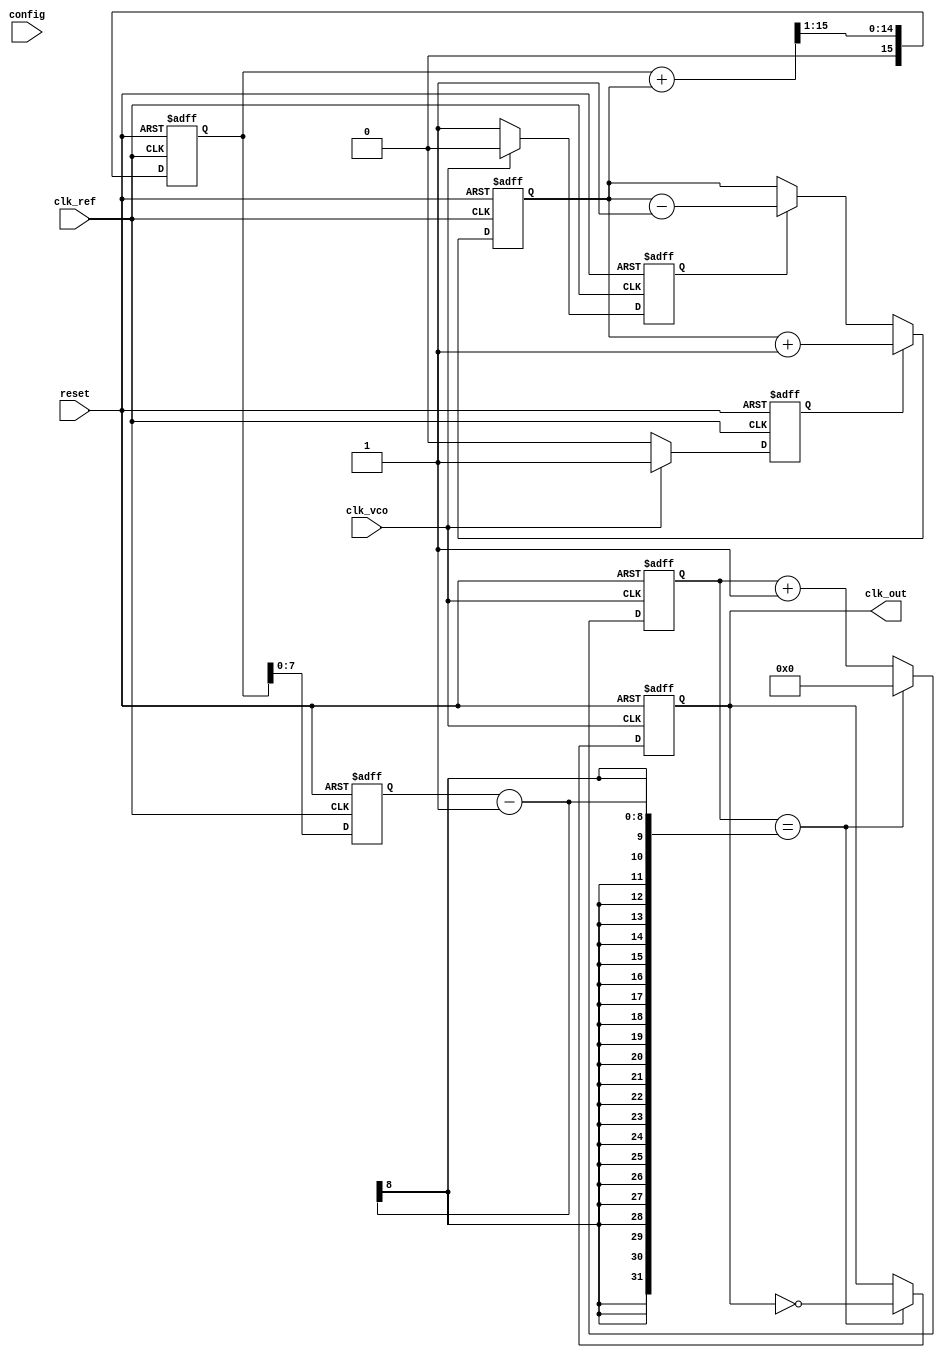
module adpll (
    input wire clk_ref,        // Reference clock
    input wire clk_vco,        // VCO output clock
    input wire reset,          // Reset signal
    input wire [7:0] config,   // Configuration for VCO
    output reg clk_out         // Output clock
);

// Phase Frequency Detector (PFD)
reg pfd_up, pfd_down;
always @(posedge clk_ref or posedge reset) begin
    if (reset) begin
        pfd_up <= 0;
        pfd_down <= 0;
    end else begin
        // Simplified PFD logic
        if (clk_vco) begin
            pfd_up <= 1;  // VCO leads reference
            pfd_down <= 0;
        end else begin
            pfd_up <= 0;
            pfd_down <= 1; // VCO lags reference
        end
    end
end

// Charge Pump (CP)
reg [7:0] cp_output; // Control voltage output
always @(posedge clk_ref or posedge reset) begin
    if (reset) begin
        cp_output <= 8'h00; // Clear control voltage
    end else begin
        if (pfd_up) begin
            cp_output <= cp_output + 1; // Increment control voltage
        end else if (pfd_down) begin
            cp_output <= cp_output - 1; // Decrement control voltage
        end
    end
end

// Loop Filter
reg [15:0] loop_filter_output; // Filtered control voltage
always @(posedge clk_ref or posedge reset) begin
    if (reset) begin
        loop_filter_output <= 16'h0000; // Clear filter output
    end else begin
        loop_filter_output <= (loop_filter_output + cp_output) >> 1; // Simple low-pass filter
    end
end

// Voltage-Controlled Oscillator (VCO)
reg [7:0] vco_frequency; // VCO frequency controlled by loop filter
always @(posedge clk_ref or posedge reset) begin
    if (reset) begin
        vco_frequency <= 8'h00; // Reset frequency
    end else begin
        vco_frequency <= loop_filter_output[7:0]; // Control frequency from loop filter
    end
end

// Frequency Divider
reg [3:0] divider_count; // Simple integer divider
always @(posedge clk_vco or posedge reset) begin
    if (reset) begin
        divider_count <= 0;
        clk_out <= 0;
    end else begin
        if (divider_count == (vco_frequency - 1)) begin
            clk_out <= ~clk_out; // Toggle output clock
            divider_count <= 0;   // Reset counter
        end else begin
            divider_count <= divider_count + 1; // Increment counter
        end
    end
end

// Memory Block (Placeholder)
reg [7:0] memory [0:255]; // Simple memory block
always @(posedge clk_ref or posedge reset) begin
    if (reset) begin
        // Initialize memory or perform calibration
    end else begin
        // Memory access can be implemented here
    end
end

endmodule